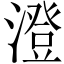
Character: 澄